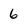
Character: 6